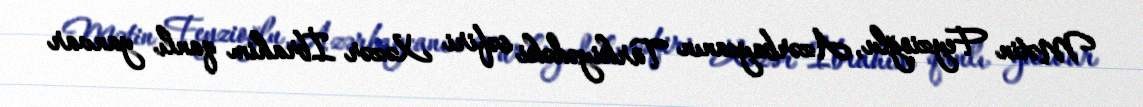
Mətin Feyzioğlu, Azərbaycanın Türkiyədəki səfiri Xəzər İbrahim qanlı yanvar